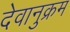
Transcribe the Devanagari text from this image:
देवानुक्रम